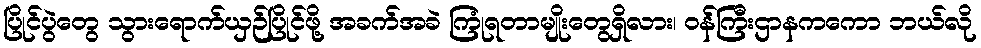
ပြိုင်ပွဲတွေ သွားရောက်ယှဉ်ပြိုင်ဖို့ အခက်အခဲ ကြုံရတာမျိုးတွေရှိလား၊ ဝန်ကြီးဌာနကကော ဘယ်လို